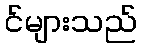
င်များသည်